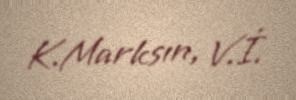
K.Marksın, V.İ.